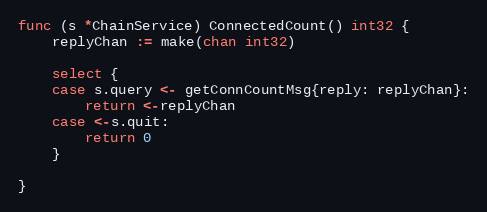
Language: Go
func (s *ChainService) ConnectedCount() int32 {
	replyChan := make(chan int32)

	select {
	case s.query <- getConnCountMsg{reply: replyChan}:
		return <-replyChan
	case <-s.quit:
		return 0
	}

}